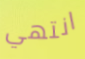
انتهي